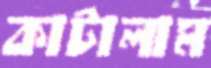
কাটালাম